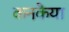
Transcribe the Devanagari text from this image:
कनकैया